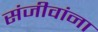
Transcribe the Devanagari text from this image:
संजीवांना